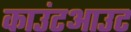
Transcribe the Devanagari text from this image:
काउंटआउट